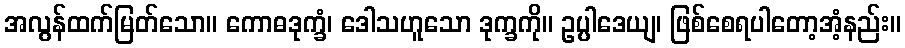
အလွန်ထက်မြတ်သော။ ကောဓဒုက္ခံ၊ ဒေါသဟူသော ဒုက္ခကို။ ဥပ္ပါဒေယျ၊ ဖြစ်စေရပါတော့အံ့နည်း။